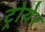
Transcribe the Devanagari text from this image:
ट्रोयेर